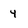
Character: 4